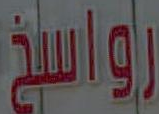
رواسخ